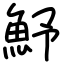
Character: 魣